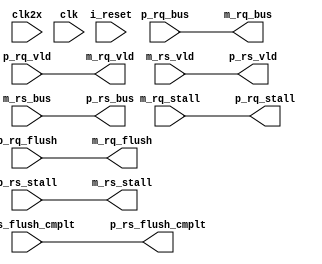
/*****************************************************************************/
//
// Module          : cae_mc_rdord.vpp
// Revision        :  Revision: 1.12  
// Last Modified By:  Author: gedwards  
//
//-----------------------------------------------------------------------------
//
// Original Author : gedwards
//
//-----------------------------------------------------------------------------
//
// Description     : Read ordering cache for MC loads
//
//-----------------------------------------------------------------------------
//
// Copyright (c) 2007 : created by Convey Computer Corp. This model is the
// confidential and proprietary property of Convey Computer Corp.
//
/*****************************************************************************/
/*  Id: cae_mc_rdord.vpp,v 1.12 2013-02-26 18:37:09 gedwards Exp   */

`timescale 1 ns / 1 ps

(* keep_hierarchy = "true" *)
module cae_mc_rdord (/*AUTOARG*/
   // Outputs
   p_rq_stall, m_rq_bus, m_rq_vld, m_rq_flush, m_rs_stall, p_rs_vld,
   p_rs_bus, p_rs_flush_cmplt,
   // Inputs
   clk2x, clk, i_reset, p_rq_bus, p_rq_vld, p_rq_flush, m_rq_stall,
   m_rs_vld, m_rs_bus, m_rs_flush_cmplt, p_rs_stall
   ) ;
  
   /* ----------         include files        ---------- */
  // Generated by src/generate_ae_fpxbar.pl in efox/project_bfms/Ae_FpXbar
/*****************************************************************************/
//
// Module     : aemc_messages.vh
// Revision   :  Revision: 1.11  
//
//-----------------------------------------------------------------------------
//
// Description: Convey ae_mc message encodings - EFox Project
//
//-----------------------------------------------------------------------------
//
// Copyright (c) 2007-2012 by Convey Computer Corp. This file is
// the confidential and proprietary property of Convey Computer Corp.
//
/*****************************************************************************/
//  Id: aemc_messages.vh,v 1.11 2014/05/22 21:09:06 gedwards Exp  

// AeMc AE_Rq format
`define AE_RQ_CMD               2:0
`define AE_RQ_RSVD1             5:3
`define AE_RQ_TID              15:6
`define AE_RQ_SUB             19:16
`define AE_RQ_RSVD0           21:20
`define AE_RQ_LEN             23:22
`define AE_RQ_VADR            71:24

// AeMc AE_Data format
`define AE_DATA_CMD             2:0
`define AE_DATA_RSVD1           5:3
`define AE_DATA_RSVD0           7:6
`define AE_DATA_DATA           71:8

// AeMc AE_Mc_null format
`define AE_MC_NULL_CMD          2:0

// McAe MC_Ae_null format
`define MC_AE_NULL_CMD          2:0

// McAe AE_Rs format
`define AE_RS_CMD               2:0
`define AE_RS_SUB               5:3
`define AE_RS_TID              15:6
`define AE_RS_DATA            79:16

// PDK AE_Rq format
`define PDK_RQ_CMD               2:0
`define PDK_RQ_SUB               6:3
`define PDK_RQ_LEN               8:7
`define PDK_RQ_VADR             56:9
`define PDK_RQ_DATA           120:57
`define PDK_RQ_RTNCTL        152:121
`define PDK_RQ_MSB_LSB         152:0

// PDK AE_Rs format
`define PDK_RS_CMD               2:0
`define PDK_RS_SUB               5:3 //rs_sub = rq_sub[3:1], for IFETCH it has vadr[5:3]
`define PDK_RS_DATA             69:6
`define PDK_RS_RTNCTL         101:70
`define PDK_RS_MSB_LSB         101:0

localparam
	// AEMC command types
	AEMC_CMD_IDLE         = 3'd0,
	AEMC_CMD_RD           = 3'd1,
	AEMC_CMD_WR           = 3'd2,
	AEMC_CMD_FENCE        = 3'd3,
	AEMC_CMD_FE           = 3'd4,
	AEMC_CMD_ATOMIC       = 3'd5,
	AEMC_CMD_RESERVED     = 3'd6,
	AEMC_CMD_IFETCH       = 3'd7,

	// Names used for HC and WX
        AEMC_CMD_RD8            = 3'd1,
        AEMC_CMD_WR8            = 3'd2,
        AEMC_CMD_WR64           = 3'd6,
        AEMC_CMD_RD64           = 3'd7,

	// AEMC Rd - sub cmd
	AEMC_CMD_RD_BYTE      = 4'd0,

	// AEMC Wr - sub cmd
	AEMC_CMD_WR_BYTE      = 4'd0,
	AEMC_CMD_WR_64_BYTE   = 4'd1,

	// AEMC FE - sub cmd
	AEMC_CMD_FE_RFE       = 4'd0,
	AEMC_CMD_FE_RFF       = 4'd1,
	AEMC_CMD_FE_FAD       = 4'd2,
	AEMC_CMD_FE_REF       = 4'd3,
	AEMC_CMD_FE_WEF       = 4'd4,
	AEMC_CMD_FE_WFF       = 4'd5,
	AEMC_CMD_FE_WXF       = 4'd6,
	AEMC_CMD_FE_WXE       = 4'd7,
	AEMC_CMD_FE_RXX       = 4'd8,
	AEMC_CMD_FE_PUR       = 4'd12,

	// AEMC Atomic - sub cmd
	AEMC_CMD_ATOM_ADD     = 4'd0,
	AEMC_CMD_ATOM_SUB     = 4'd1,
	AEMC_CMD_ATOM_EXCH    = 4'd2,
	AEMC_CMD_ATOM_MIN     = 4'd3,
	AEMC_CMD_ATOM_MAX     = 4'd4,
	AEMC_CMD_ATOM_INC     = 4'd5,
	AEMC_CMD_ATOM_DEC     = 4'd6,
	AEMC_CMD_ATOM_AND     = 4'd7,
	AEMC_CMD_ATOM_OR      = 4'd8,
	AEMC_CMD_ATOM_XOR     = 4'd9,
	AEMC_CMD_ATOM_CAS     = 4'd10,

	// MCAE command types
	MCAE_CMD_IDLE         = 3'd0,
	MCAE_CMD_RD_DATA      = 3'd2,
	MCAE_CMD_WR_CMP       = 3'd3,  // WR8 complete for Fox
	MCAE_CMD_FE_RETRY     = 3'd4,
	MCAE_CMD_FE_DATA      = 3'd5,
	MCAE_CMD_ATOMIC_DATA  = 3'd6,
	MCAE_CMD_IFILL        = 3'd7,

        // New names for HC and WX
        MCAE_CMD_WR64_CMP     = 3'd1,   // placeholder for Fox platform
        MCAE_CMD_RD8_DATA     = 3'd2,
        MCAE_CMD_RD64_DATA    = 3'd7,

	// ae size field
	MC_SIZE_BYTE          = 2'd0,
	MC_SIZE_WORD          = 2'd1,
	MC_SIZE_LONG          = 2'd2,
	MC_SIZE_QUAD          = 2'd3;



   parameter MC_READ_ORDER = 0;
   parameter MC_WR_CMP_IF = 0;
   parameter RDCTL_TOP = 23;
   parameter RDCTL_BITS = 10;
   parameter RDCTL_BOTTOM = RDCTL_TOP-RDCTL_BITS+1;

   /* ----------        port declarations     ---------- */

    input		clk2x;
    input		clk;
    input		i_reset;

    // REQUEST FLOW ======================
    // Personality-side interface ----
    input [`PDK_RQ_MSB_LSB] p_rq_bus;
    input		                p_rq_vld;
    input		                p_rq_flush;
    output		              p_rq_stall;

    // MC/XB-side interface --------
    output [`PDK_RQ_MSB_LSB] m_rq_bus;
    output		               m_rq_vld;
    output		               m_rq_flush;
    input		               m_rq_stall;
   
    // RESPONSE FLOW ======================
    // MC/XB-side interface --------
    input		                m_rs_vld;
    input [`PDK_RS_MSB_LSB] m_rs_bus;
    output		              m_rs_stall;
    input		                m_rs_flush_cmplt; 

    // Personality-side interface ----
    //
    output		               p_rs_vld;
    output [`PDK_RS_MSB_LSB] p_rs_bus;
    input		                 p_rs_stall;
    output		               p_rs_flush_cmplt;
//   output		csr_txns_out;
//   output		csr_txns_hld;

   /* ----------          wires & regs        ---------- */

   wire		      reset;
   reg          r_t1_rq_vld;
   reg  [1:0]   r_t1_rq_len;
   reg  [2:0]   r_t1_rq_cmd;
   reg  [3:0]   r_t1_rq_sub;
   reg  [47:0]  r_t1_rq_vadr;
   reg  [63:0]  r_t1_rq_data;
   reg  [31:0]  r_t1_rq_rtnctl;
   reg  [31:0]  c_t1_rq_rtnctl;
   reg          r_t1_rq_flush;
   reg          r_t2_rq_vld;
   reg  [1:0]   r_t2_rq_len;
   reg  [2:0]   r_t2_rq_cmd;
   reg  [3:0]   r_t2_rq_sub;
   reg  [47:0]  r_t2_rq_vadr;
   reg  [63:0]  r_t2_rq_data;
   reg  [31:0]  r_t2_rq_rtnctl;
   reg          r_t2_rq_flush;

   wire  [8:0]   c_t0_rq_tid;
   reg   [8:0]   r_t1_rq_tid;
   reg   [8:0]   r_t2_rq_tid;
   reg   [8:0]   r_t3_rq_tid;

   wire  [8:0]   c_t0_rptr;
	(* shreg_extract = "no" *)
	(* equivalent_register_removal = "no" *)
	(* S = "TRUE" *)
	(* KEEP = "TRUE" *)
   reg   [8:0]   r_t1_rptr, r_t1_rptr1;
   reg   [9:0]   c_tid_free_cnt;
   reg   [9:0]   r_tid_free_cnt;
   reg   [9:0]   c_txns_out_cnt;
   reg   [9:0]   r_txns_out_cnt;

    reg	 r_p_rs_stall;

    wire c_t1_dout_vld;

    wire [76:0]	bram_dout;
    wire [3:0]	fifo_cnt;
    wire		fifo_full;
    wire		fifo_empty;
    wire		fifo_push;
    reg 		r_fifo_push;
    wire		c_t1_ram_toggle;
    reg 		r_t1_ram_toggle;

    reg pend_ram [511:0];
    reg recd_ram [511:0];

    wire rd_pending;
    wire rd_returned;
    wire c_t1_pend_we;
    wire c_t1_recd_we;

    wire          c_p_rs_vld;
    reg           r_p_rs_vld;
    wire [2:0]    c_p_rs_cmd;
    reg  [2:0]    r_p_rs_cmd;
    wire [2:0]    c_p_rs_sub;
    reg  [2:0]    r_p_rs_sub;
    wire [6:0]    c_p_rs_rtnctl;
    reg  [6:0]    r_p_rs_rtnctl;
    wire [63:0]	  c_p_rs_data;
    reg  [63:0]	  r_p_rs_data;
    
    // Signal breakout for debussy/ possibly for code...
    wire [2:0]  p_rq_cmd    = p_rq_bus[`PDK_RQ_CMD];
    wire [3:0]  p_rq_sub    = p_rq_bus[`PDK_RQ_SUB];
    wire [1:0]  p_rq_len    = p_rq_bus[`PDK_RQ_LEN];
    wire [47:0] p_rq_vadr   = p_rq_bus[`PDK_RQ_VADR];
    wire [63:0] p_rq_data   = p_rq_bus[`PDK_RQ_DATA];
    wire [31:0] p_rq_rtnctl = p_rq_bus[`PDK_RQ_RTNCTL];
    // Response decode
    wire [2:0]  m_rs_cmd    = m_rs_bus[`PDK_RS_CMD];
    wire [3:0]  m_rs_sub    = m_rs_bus[`PDK_RS_SUB];
    wire [63:0] m_rs_data   = m_rs_bus[`PDK_RS_DATA];
    wire [31:0] m_rs_rtnctl = m_rs_bus[`PDK_RS_RTNCTL];
    wire m_rs_ld = (m_rs_cmd==MCAE_CMD_RD_DATA)&&m_rs_vld;
    wire m_rs_st = (m_rs_cmd==MCAE_CMD_WR_CMP)&&m_rs_vld;
   /* ----------      combinatorial blocks    ---------- */

generate if (MC_READ_ORDER == 0) begin : gno_rdord
    assign m_rq_bus = p_rq_bus;
    assign m_rq_vld = p_rq_vld;
    assign m_rq_flush = p_rq_flush;
    assign p_rq_stall = m_rq_stall;
    assign m_rs_stall = p_rs_stall;
    assign p_rs_vld = m_rs_vld;
    assign p_rs_bus = m_rs_bus;
    assign p_rs_flush_cmplt = m_rs_flush_cmplt;
//   assign csr_txns_out = 1'b0;
//   assign csr_txns_hld = 1'b0;
end else begin : grdord
    // wire/regs only for rd-order case 
    wire        c_p_rq_stall;
    reg         r_p_rq_stall;
    wire  [8:0] c_t1_pend_wptr;
    wire  [8:0] c_t1_recd_wptr;
    wire  [8:0] c_rst_cnt;
    reg   [8:0] r_rst_cnt;
    reg         r_t2_recd_we;
    wire        c_t2_recd_we;
    reg  [8:0]  r_t2_recd_wptr;
    reg         r_t2_rs_ramtoggle;

    // response path
    reg		r_t1_rs_vld;
    reg  [31:0] r_t1_rs_rtnctl;
    reg  [63:0] r_t1_rs_data;
    reg  [2:0]  r_t1_rs_cmd;
    reg  [2:0]  r_t1_rs_sub;
    reg         r_cutoff;

    // output port assignments    
    // RQ flow
    assign m_rq_vld = r_t2_rq_vld;
    assign m_rq_bus[`PDK_RQ_CMD]    = r_t2_rq_cmd;
    assign m_rq_bus[`PDK_RQ_SUB]    = r_t2_rq_sub;
    assign m_rq_bus[`PDK_RQ_LEN]    = r_t2_rq_len;
    assign m_rq_bus[`PDK_RQ_VADR]   = r_t2_rq_vadr;
    assign m_rq_bus[`PDK_RQ_DATA]   = r_t2_rq_data;
    assign m_rq_bus[`PDK_RQ_RTNCTL] = r_t2_rq_rtnctl;
    assign m_rq_flush = r_t2_rq_flush;
    assign p_rq_stall = r_p_rq_stall;
    // RS flow
    assign p_rs_bus[`PDK_RS_CMD] = r_p_rs_cmd;
    assign p_rs_bus[`PDK_RS_SUB] = r_p_rs_sub;
    assign p_rs_bus[`PDK_RS_DATA] = r_p_rs_data;
    assign p_rs_bus[`PDK_RS_RTNCTL] = {25'b0,r_p_rs_rtnctl};
    
if (MC_WR_CMP_IF == 0) begin : gflush
    // With the flush interface invoked, no point in sending the wr-rsp's back 
    // throught the async block, so squash them here
    assign p_rs_vld = r_p_rs_vld && (r_p_rs_cmd==MCAE_CMD_RD_DATA);
end else begin : gwrcmp 
    // need to return wr_cmps to the personality
    assign p_rs_vld = r_p_rs_vld;
end
    
    assign m_rs_stall = 1'b0;
    reg r_m_rs_flush_cmplt;
    always @(posedge clk2x) begin
      r_m_rs_flush_cmplt <= m_rs_flush_cmplt;
    end
    assign p_rs_flush_cmplt = r_m_rs_flush_cmplt;

    // Set certain rtnctl bits to track where we stored this request in the
    // ordering RAMs
    always @* begin
      c_t1_rq_rtnctl = r_t1_rq_rtnctl;
      if (r_t1_rq_vld)
        c_t1_rq_rtnctl[RDCTL_TOP:RDCTL_BOTTOM] = {r_t1_ram_toggle,r_t1_rq_tid};
    end

    // RQ Stall logic ---------- 
    // If we are stalled by xb/mc or our tid_free_cnt is <9, stall personality
    assign c_p_rq_stall = m_rq_stall || (r_tid_free_cnt < 'd9);

    // logic to determine when to shutoff pulling pushing responses from DRAMS
    // into rsp fifos
    wire c_cutoff = (r_txns_out_cnt <= 'd0) ||
                    ((r_txns_out_cnt == 'd1) && r_fifo_push); 
  
    assign c_t1_dout_vld =  (rd_pending==rd_returned) && ~c_cutoff;
    assign fifo_push = c_t1_dout_vld && (fifo_cnt < 4'd4);

    assign c_t1_pend_we = r_t1_rq_vld | reset;

    assign c_t1_pend_wptr = reset ? r_rst_cnt : r_t1_rq_tid;
    assign c_t1_recd_wptr = reset ? r_rst_cnt : r_t1_rs_rtnctl[RDCTL_TOP-1:RDCTL_BOTTOM];
    // leda W484 off
    assign c_rst_cnt = r_rst_cnt + 'd1;
    // leda W484 on

    assign c_t1_ram_toggle = (r_t1_rq_tid == 'd511) && r_t1_rq_vld ? ~r_t1_ram_toggle : r_t1_ram_toggle;

    always @(posedge clk2x) begin
      if (c_t1_pend_we)
        pend_ram[c_t1_pend_wptr] <= reset | r_t1_ram_toggle;
    end

    // RS pipe ----------------
    assign c_t1_recd_we = r_t1_rs_vld; // currently order both RD&WR
    assign c_t2_recd_we = r_t2_recd_we | reset;

    always @(posedge clk2x) begin
      if (c_t2_recd_we)
        recd_ram[r_t2_recd_wptr] <= reset | r_t2_rs_ramtoggle;
    end

    assign rd_pending = pend_ram[r_t1_rptr1];
    assign rd_returned = recd_ram[r_t1_rptr1];

    // leda W484 off
    always @* begin
      // r_p_rs_vld includes ALL responses ... fixme if changing to RDONLY
      // ordering
      case ({r_t1_rq_vld, r_p_rs_vld})
      2'b00:  c_tid_free_cnt = r_tid_free_cnt;
      2'b01:  c_tid_free_cnt = r_tid_free_cnt + 'b1;
      2'b10:  c_tid_free_cnt = r_tid_free_cnt - 'b1;
      2'b11:  c_tid_free_cnt = r_tid_free_cnt;
      endcase
   end
   
    always @* begin
      case ({r_t2_rq_vld, r_fifo_push})
      2'b00:  c_txns_out_cnt = r_txns_out_cnt;
      2'b01:  c_txns_out_cnt = r_txns_out_cnt - 'b1;
      2'b10:  c_txns_out_cnt = r_txns_out_cnt + 'b1;
      2'b11:  c_txns_out_cnt = r_txns_out_cnt;
      endcase
    end

   //assign c_t0_rptr = r_t1_rptr + {8'b0,fifo_push};
   assign c_t0_rptr = r_t1_rptr + 'b1;
   assign c_t0_rq_tid = r_t1_rq_tid + 'b1;
  // leda W484 on

   sdpram #(.DEPTH(512),.WIDTH(3+3+7+64),.PIPE(0)) dpram (
      .clk      (clk2x),
      .din      ({r_t1_rs_sub[2:0], r_t1_rs_cmd[2:0],r_t1_rs_rtnctl[6:0], r_t1_rs_data[63:0]}),
      .wadr     (c_t1_recd_wptr),
      .we       (c_t1_recd_we),
      .radr     (r_t1_rptr),
      .ce       (1'b1),
      .oreg_ce  (1'b1),
      .oreg_rst (1'b0),
      .dout     (bram_dout[76:0])
   );

   assign c_p_rs_vld = !fifo_empty && !r_p_rs_stall;

  // leda B_1011 off
   fifo #(.DEPTH(8), .WIDTH(3+3+7+64)) rsp_fifo (
    .clk    (clk2x),
    .reset  (reset),
    .push   (r_fifo_push),
    .din    (bram_dout),
    .afull  (),
    .full   (fifo_full),
    .cnt    (fifo_cnt),
    .oclk   (clk2x),
    .pop    (c_p_rs_vld),
    .dout   ({c_p_rs_sub[2:0], c_p_rs_cmd[2:0], c_p_rs_rtnctl[6:0], c_p_rs_data[63:0]}),
    .empty  (fifo_empty),
    .rcnt   ()
   );
  // leda B_1011 on

   // debug 
/*
   wire  [63:0]  c_out_cnt, r_out_cnt;
   wire  [63:0]  c_hld_cnt, r_hld_cnt;
   wire c_txns_out, r_txns_out;
   wire c_txns_hld, r_txns_hld;

   assign c_out_cnt = r_out_cnt + r_t1_rq_vld - r_t1_rs_vld;
   assign c_hld_cnt = r_hld_cnt + r_t1_rs_vld - p_rs_vld;

   assign c_txns_out = r_out_cnt > 'd0;
   assign c_txns_hld = r_hld_cnt > 'd0;

   DFFC(64, reg_out_cnt, clk2x, reset, c_out_cnt, r_out_cnt);
   DFFC(64, reg_hld_cnt, clk2x, reset, c_hld_cnt, r_hld_cnt);
   DFF ( 1, reg_txns_out, clk2x, c_txns_out, r_txns_out);
   DFF ( 1, reg_txns_hld, clk2x, c_txns_hld, r_txns_hld);
   DFF ( 1, reg_csr_txns_out, clk_csr, r_txns_out, csr_txns_out);
   DFF ( 1, reg_csr_txns_hld, clk_csr, r_txns_hld, csr_txns_hld);
*/
   /* ----------      external module calls   ---------- */


  /* ----------            registers         ---------- */

  // register request from personality
  always @(posedge clk2x) begin
    r_t2_recd_we <= c_t1_recd_we;
    r_t2_recd_wptr <= c_t1_recd_wptr;
    r_t2_rs_ramtoggle <= r_t1_rs_rtnctl[RDCTL_TOP];
   
    r_cutoff <= reset ? 1'b1 : c_cutoff;
    r_fifo_push <= reset ? 1'b0 : fifo_push;

    r_p_rq_stall <= reset ? 1'b0 : c_p_rq_stall;

    r_t1_rq_vld <= reset ? 1'b0 : p_rq_vld;
    r_t1_rq_len <= reset ? 2'b0 : p_rq_len;
    r_t1_rq_cmd <= reset ? 3'b0 : p_rq_cmd;
    r_t1_rq_sub <= reset ? 4'b0 : p_rq_sub;
    r_t1_rq_vadr <= reset ? 48'b0 : p_rq_vadr;
    r_t1_rq_data <= reset ? 64'b0 : p_rq_data;
    r_t1_rq_rtnctl <= reset ? 32'b0 : p_rq_rtnctl;
    r_t1_rq_flush <= reset ? 1'b0 : p_rq_flush;

    // second rq-pipe stage    
    r_t2_rq_vld <= reset ? 1'b0 : r_t1_rq_vld;
    r_t2_rq_len <= reset ? 2'b0 : r_t1_rq_len;
    r_t2_rq_cmd <= reset ? 3'b0 : r_t1_rq_cmd;
    r_t2_rq_sub <= reset ? 4'b0 : r_t1_rq_sub;
    r_t2_rq_vadr <= reset ? 48'b0 : r_t1_rq_vadr;
    r_t2_rq_data <= reset ? 64'b0 : r_t1_rq_data;
    r_t2_rq_rtnctl <= reset ? 32'b0 : c_t1_rq_rtnctl;
    r_t2_rq_flush <= reset ? 1'b0 : r_t1_rq_flush;

    // grab the incremented rq-tid whenever we see a new rq-load
    r_t1_rq_tid <= reset ? 'b0 : r_t1_rq_vld ? c_t0_rq_tid : r_t1_rq_tid;
    r_t2_rq_tid <= reset ? 'b0 : r_t1_rq_tid;
    r_t3_rq_tid <= reset ? 'b0 : r_t2_rq_tid;
   
    r_t1_ram_toggle <= reset ? 1'b0 : c_t1_ram_toggle;

    // response pipe
    r_t1_rs_vld <= reset ? 1'b0 : m_rs_vld;
    r_t1_rs_rtnctl <= reset ? 32'b0 : m_rs_rtnctl;
    r_t1_rs_data <= reset ? 64'b0 : m_rs_data;
    r_t1_rs_cmd <= reset ? 3'b0 : m_rs_cmd;
    r_t1_rs_sub <= reset ? 3'b0 : m_rs_sub;
    
    // response pipe, from rs-fifo to rs-outputs
    r_p_rs_rtnctl <= c_p_rs_rtnctl;
    r_p_rs_cmd <= c_p_rs_cmd;
    r_p_rs_sub <= c_p_rs_sub;
    r_p_rs_data <= c_p_rs_data; 

    // rs stall
    r_p_rs_stall <= p_rs_stall;   
    r_p_rs_vld <= c_p_rs_vld;
   
    r_rst_cnt <= c_rst_cnt;
  
    r_tid_free_cnt <= reset ? 'd512 : c_tid_free_cnt;
    r_txns_out_cnt <= reset ? 'b0   : c_txns_out_cnt; 
   
    //r_t1_rptr <= reset ? 9'b0 : c_t0_rptr;
    r_t1_rptr <= reset ? 'b0 : fifo_push ? c_t0_rptr : r_t1_rptr;
    r_t1_rptr1 <= reset ? 'b0 : fifo_push ? c_t0_rptr : r_t1_rptr1;
  end
   reset_flop_1 reg_reset ( .clk(clk), .i_reset(i_reset), .reset(reset) );

   // synopsys translate_off

   // Parameters: 1-Severity: Don't Stop, 2-start check only after negedge of reset
   assert_never #(0, 2, "***ERROR ASSERT:  Read Order TID underflow") 
     a0 (.clk(clk2x), .reset_n(~reset), .test_expr((r_tid_free_cnt == 'd0) && r_t1_rq_vld));

   assert_never #(0, 2, "***ERROR ASSERT:  Read Order TID overflow") 
     a1 (.clk(clk2x), .reset_n(~reset), .test_expr((r_tid_free_cnt == 'd512) && r_p_rs_vld));

    // synopsys translate_on
end
endgenerate

endmodule // cae_mc_rdord

// This is the search path for the autoinst commands in emacs.
// After modification you must save file, then reld with C-x C-v
//
// Local Variables:
// verilog-library-directories:("." "../../common/xilinx") 
// verilog-library-flags:("-y ../../../REVISIONS/MX/common/lib -y ../../../REVISIONS/MX/common/xilinx -y ../../../REVISIONS/MX/project_common/lib")
// End: